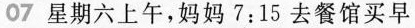
07星期六上午，妈妈7:15去餐馆买早